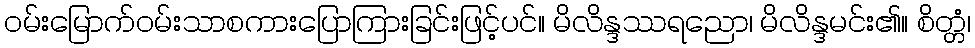
ဝမ်းမြောက်ဝမ်းသာစကားပြောကြားခြင်းဖြင့်ပင်။ မိလိန္ဒဿရညော၊ မိလိန္ဒမင်း၏။ စိတ္တံ၊